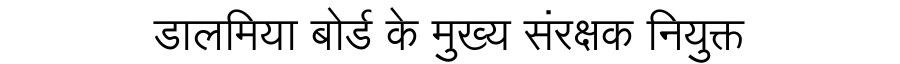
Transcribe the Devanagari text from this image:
डालमिया बोर्ड के मुख्य संरक्षक नियुक्त